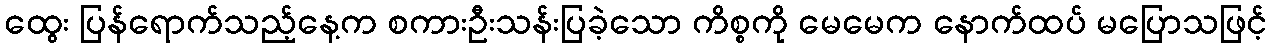
ထွေး ပြန်ရောက်သည့်နေ့က စကားဦးသန်းပြခဲ့သော ကိစ္စကို မေမေက နောက်ထပ် မပြောသဖြင့်